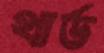
থার্ড